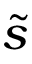
\tilde { s }